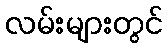
လမ်းများတွင်